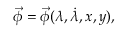
\vec { \phi } = \vec { \phi } ( \lambda , \dot { \lambda } , x , y ) ,